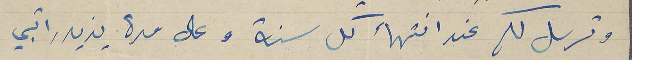
وترسل لكم عند انتهاء كل سنة وعلى مدة يزيد راتبي